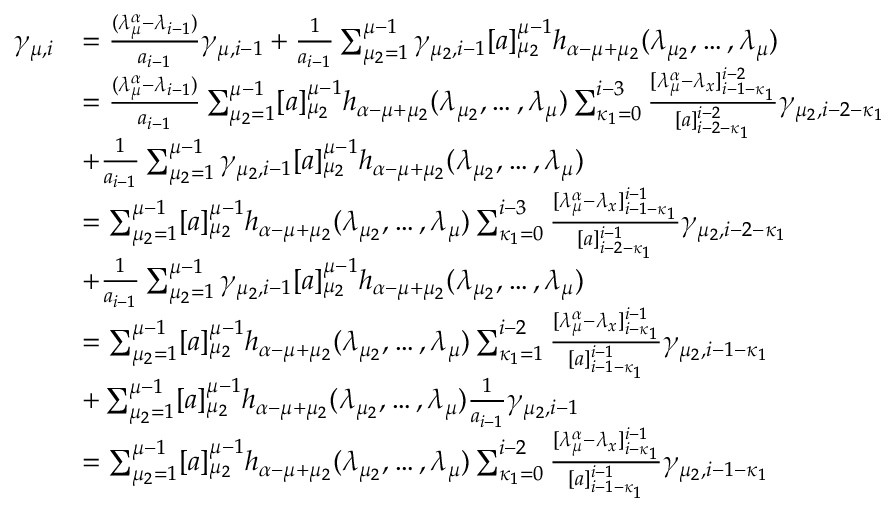
\begin{array} { r l } { \gamma _ { \mu , i } } & { = \frac { ( \lambda _ { \mu } ^ { \alpha } - \lambda _ { i - 1 } ) } { a _ { i - 1 } } \gamma _ { \mu , i - 1 } + \frac { 1 } { a _ { i - 1 } } \sum _ { \mu _ { 2 } = 1 } ^ { \mu - 1 } \gamma _ { \mu _ { 2 } , i - 1 } [ a ] _ { \mu _ { 2 } } ^ { \mu - 1 } h _ { \alpha - \mu + \mu _ { 2 } } ( \lambda _ { \mu _ { 2 } } , \ldots , \lambda _ { \mu } ) } \\ & { = \frac { ( \lambda _ { \mu } ^ { \alpha } - \lambda _ { i - 1 } ) } { a _ { i - 1 } } \sum _ { \mu _ { 2 } = 1 } ^ { \mu - 1 } [ a ] _ { \mu _ { 2 } } ^ { \mu - 1 } h _ { \alpha - \mu + \mu _ { 2 } } ( \lambda _ { \mu _ { 2 } } , \ldots , \lambda _ { \mu } ) \sum _ { \kappa _ { 1 } = 0 } ^ { i - 3 } \frac { [ \lambda _ { \mu } ^ { \alpha } - \lambda _ { x } ] _ { i - 1 - \kappa _ { 1 } } ^ { i - 2 } } { [ a ] _ { i - 2 - \kappa _ { 1 } } ^ { i - 2 } } \gamma _ { \mu _ { 2 } , i - 2 - \kappa _ { 1 } } } \\ & { + \frac { 1 } { a _ { i - 1 } } \sum _ { \mu _ { 2 } = 1 } ^ { \mu - 1 } \gamma _ { \mu _ { 2 } , i - 1 } [ a ] _ { \mu _ { 2 } } ^ { \mu - 1 } h _ { \alpha - \mu + \mu _ { 2 } } ( \lambda _ { \mu _ { 2 } } , \ldots , \lambda _ { \mu } ) } \\ & { = \sum _ { \mu _ { 2 } = 1 } ^ { \mu - 1 } [ a ] _ { \mu _ { 2 } } ^ { \mu - 1 } h _ { \alpha - \mu + \mu _ { 2 } } ( \lambda _ { \mu _ { 2 } } , \ldots , \lambda _ { \mu } ) \sum _ { \kappa _ { 1 } = 0 } ^ { i - 3 } \frac { [ \lambda _ { \mu } ^ { \alpha } - \lambda _ { x } ] _ { i - 1 - \kappa _ { 1 } } ^ { i - 1 } } { [ a ] _ { i - 2 - \kappa _ { 1 } } ^ { i - 1 } } \gamma _ { \mu _ { 2 } , i - 2 - \kappa _ { 1 } } } \\ & { + \frac { 1 } { a _ { i - 1 } } \sum _ { \mu _ { 2 } = 1 } ^ { \mu - 1 } \gamma _ { \mu _ { 2 } , i - 1 } [ a ] _ { \mu _ { 2 } } ^ { \mu - 1 } h _ { \alpha - \mu + \mu _ { 2 } } ( \lambda _ { \mu _ { 2 } } , \ldots , \lambda _ { \mu } ) } \\ & { = \sum _ { \mu _ { 2 } = 1 } ^ { \mu - 1 } [ a ] _ { \mu _ { 2 } } ^ { \mu - 1 } h _ { \alpha - \mu + \mu _ { 2 } } ( \lambda _ { \mu _ { 2 } } , \ldots , \lambda _ { \mu } ) \sum _ { \kappa _ { 1 } = 1 } ^ { i - 2 } \frac { [ \lambda _ { \mu } ^ { \alpha } - \lambda _ { x } ] _ { i - \kappa _ { 1 } } ^ { i - 1 } } { [ a ] _ { i - 1 - \kappa _ { 1 } } ^ { i - 1 } } \gamma _ { \mu _ { 2 } , i - 1 - \kappa _ { 1 } } } \\ & { + \sum _ { \mu _ { 2 } = 1 } ^ { \mu - 1 } [ a ] _ { \mu _ { 2 } } ^ { \mu - 1 } h _ { \alpha - \mu + \mu _ { 2 } } ( \lambda _ { \mu _ { 2 } } , \ldots , \lambda _ { \mu } ) \frac { 1 } { a _ { i - 1 } } \gamma _ { \mu _ { 2 } , i - 1 } } \\ & { = \sum _ { \mu _ { 2 } = 1 } ^ { \mu - 1 } [ a ] _ { \mu _ { 2 } } ^ { \mu - 1 } h _ { \alpha - \mu + \mu _ { 2 } } ( \lambda _ { \mu _ { 2 } } , \ldots , \lambda _ { \mu } ) \sum _ { \kappa _ { 1 } = 0 } ^ { i - 2 } \frac { [ \lambda _ { \mu } ^ { \alpha } - \lambda _ { x } ] _ { i - \kappa _ { 1 } } ^ { i - 1 } } { [ a ] _ { i - 1 - \kappa _ { 1 } } ^ { i - 1 } } \gamma _ { \mu _ { 2 } , i - 1 - \kappa _ { 1 } } } \end{array}